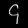
Digit: ၄